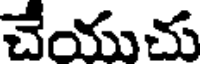
చేయుచు